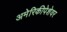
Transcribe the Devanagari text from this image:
अमेरिकीपेशेवर